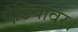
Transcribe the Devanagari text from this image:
एंडियावर।